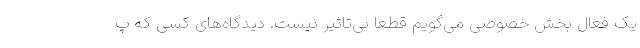
یک فعال بخش خصوصی می‌گویم قطعا بی‌تاثیر نیست. دیدگاه‌های کسی که پ